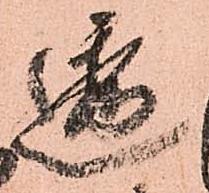
透